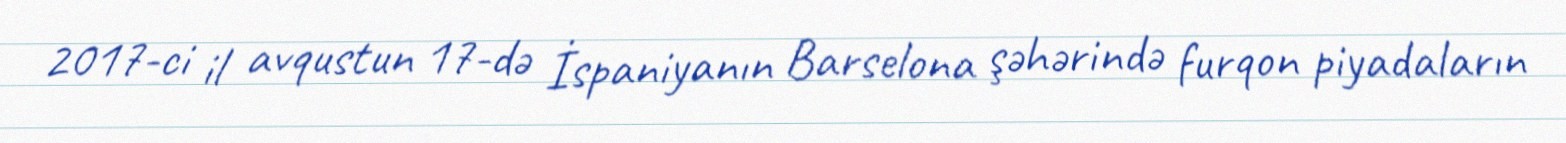
2017-ci il avqustun 17-də İspaniyanın Barselona şəhərində furqon piyadaların